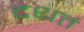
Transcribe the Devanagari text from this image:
दधतं